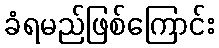
ခံရမည်ဖြစ်ကြောင်း